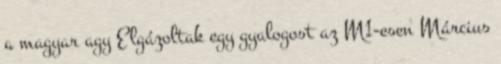
a magyar agy Elgázoltak egy gyalogost az M1-esen Március